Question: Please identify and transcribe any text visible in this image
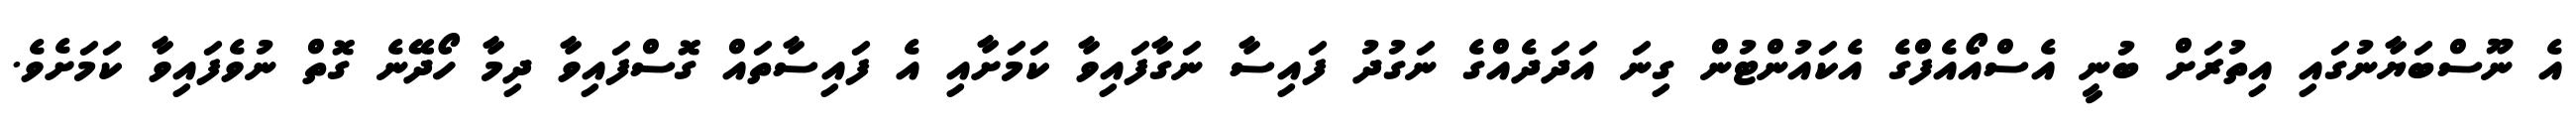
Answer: އެ ނޫސްބަޔާނުގައި އިތުރަށް ބުނީ އެސްއޯއެފްގެ އެކައުންޓުން ގިނަ އަދަދެއްގެ ނަގުދު ފައިސާ ނަގާފައިވާ ކަމަށާއި އެ ފައިސާތައް ގޮސްފައިވާ ދިމާ ހޯދޭނެ ގޮތް ނުވެފައިވާ ކަމަށެވެ.